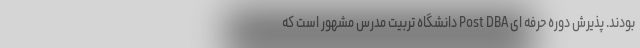
بودند. پذيرش دوره حرفه ای Post DBA دانشگاه تربيت مدرس مشهور است که